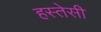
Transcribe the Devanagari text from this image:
हस्तेसी